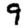
Digit: 9